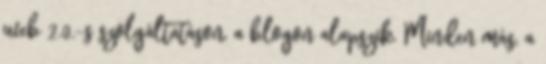
web 2.0.-s szolgáltatáson, a blogon alapszik. Minden más, a